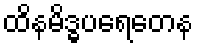
ထိနမိဒ္ဓပရေတေန